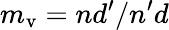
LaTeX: m_{\mathrm{v}}=nd^{\prime}/n^{\prime}d